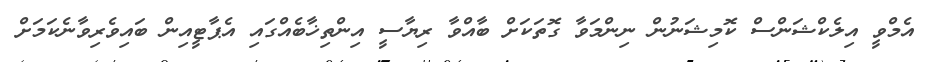
އެމްވީ އިލެކްޝަންސް ކޮމިޝަނުން ނިންމަވާ ގޮތަކަށް ބާއްވާ ރިޔާސީ އިންތިޚާބެއްގައި އެޕާޓީއިން ބައިވެރިވާނެކަމަށް